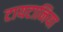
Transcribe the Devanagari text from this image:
टायटानिया